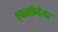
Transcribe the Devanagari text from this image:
ल्यमफ़ेदेमा